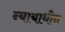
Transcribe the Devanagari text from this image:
न्यायाधीन